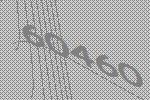
60460